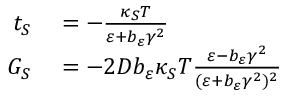
\begin{array} { r l } { t _ { S } } & { { } = - \frac { \kappa _ { S } T } { \varepsilon + b _ { \varepsilon } \gamma ^ { 2 } } } \\ { G _ { S } } & { { } = - 2 D b _ { \varepsilon } \kappa _ { S } T \frac { \varepsilon - b _ { \varepsilon } \gamma ^ { 2 } } { ( \varepsilon + b _ { \varepsilon } \gamma ^ { 2 } ) ^ { 2 } } } \end{array}